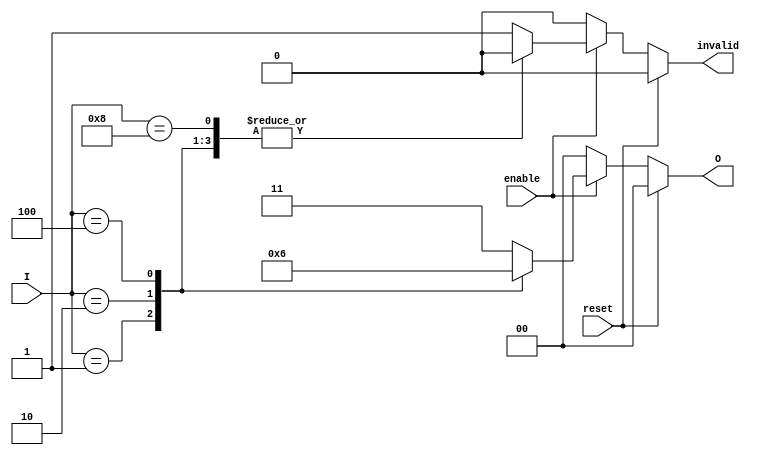
module relative_encoder (
    input wire [3:0] I,         // 4 input lines
    input wire enable,           // Enable signal
    input wire reset,            // Synchronous reset signal
    output reg [1:0] O,          // 2-bit output
    output reg invalid           // Invalid state indicator
);

    always @(*) begin
        if (reset) begin
            O = 2'b00;           // Reset output to '00'
            invalid = 1'b0;      // No invalid state
        end else if (!enable) begin
            O = 2'b00;           // Default output when disabled
            invalid = 1'b0;
        end else begin
            case (I)
                4'b0001: begin O = 2'b00; invalid = 1'b0; end // I0 active
                4'b0010: begin O = 2'b01; invalid = 1'b0; end // I1 active
                4'b0100: begin O = 2'b10; invalid = 1'b0; end // I2 active
                4'b1000: begin O = 2'b11; invalid = 1'b0; end // I3 active
                default: begin
                    O = 2'b11;  // Invalid state output
                    invalid = 1'b1; // Set invalid flag
                end
            endcase
        end
    end
endmodule